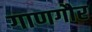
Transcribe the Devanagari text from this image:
गाणगौर